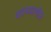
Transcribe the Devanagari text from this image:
शापवाणीने